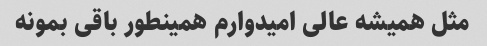
مثل همیشه عالی امیدوارم همینطور باقی بمونه